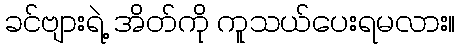
ခင်ဗျားရဲ့ အိတ်ကို ကူသယ်ပေးရမလား။